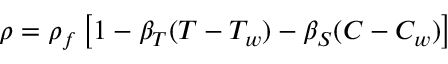
\rho = \rho _ { f } \left[ 1 - \beta _ { T } ( T - T _ { w } ) - \beta _ { S } ( C - C _ { w } ) \right]